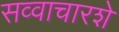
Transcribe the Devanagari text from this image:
सव्वाचारशे